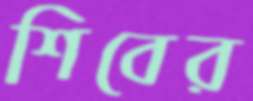
শিবের